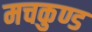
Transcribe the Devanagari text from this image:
मचकुण्ड